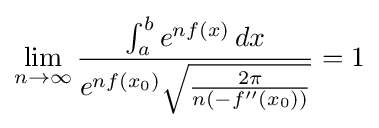
\lim _{n\to \infty }{\frac {\int _{a}^{b}e^{nf(x)}\,dx}{e^{nf(x_{0})}{\sqrt {\frac {2\pi }{n\left(-f''(x_{0})\right)}}}}}=1